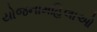
યોજનામહિલાઓ